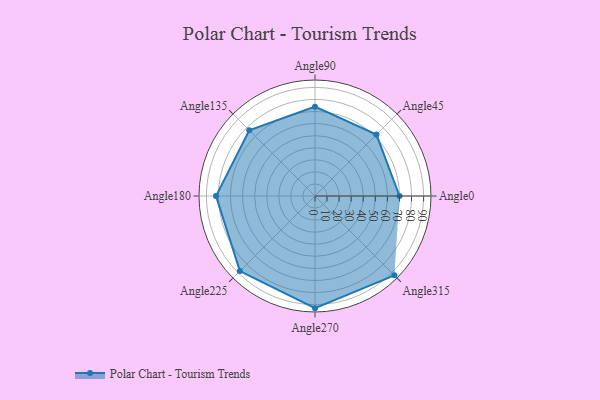
{"axis": {"x": "Angle", "y": "Radius"}, "legend": [""], "data": [{"x": "Angle0", "y": 70.0, "type": ""}, {"x": "Angle45", "y": 72.0, "type": ""}, {"x": "Angle90", "y": 74.0, "type": ""}, {"x": "Angle135", "y": 77.0, "type": ""}, {"x": "Angle180", "y": 82.0, "type": ""}, {"x": "Angle225", "y": 88.0, "type": ""}, {"x": "Angle270", "y": 93.0, "type": ""}, {"x": "Angle315", "y": 93.0, "type": ""}]}